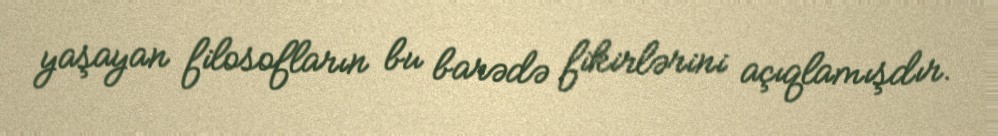
yaşayan filosofların bu barədə fikirlərini açıqlamışdır.